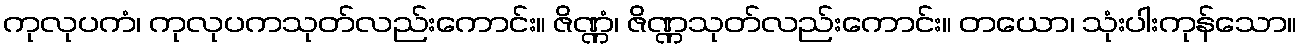
ကုလုပကံ၊ ကုလုပကသုတ်လည်းကောင်း။ ဇိဏ္ဏံ၊ ဇိဏ္ဏသုတ်လည်းကောင်း။ တယော၊ သုံးပါးကုန်သော။